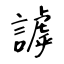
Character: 謼